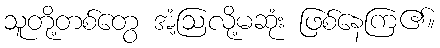
သူတို့တစ်တွေ အံ့ဩလို့မဆုံး ဖြစ်နေကြ၏။